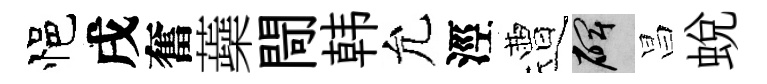
悒戌奮蘃閜韩允涇遭碑昌蜕